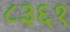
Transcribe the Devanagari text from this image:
८३६१